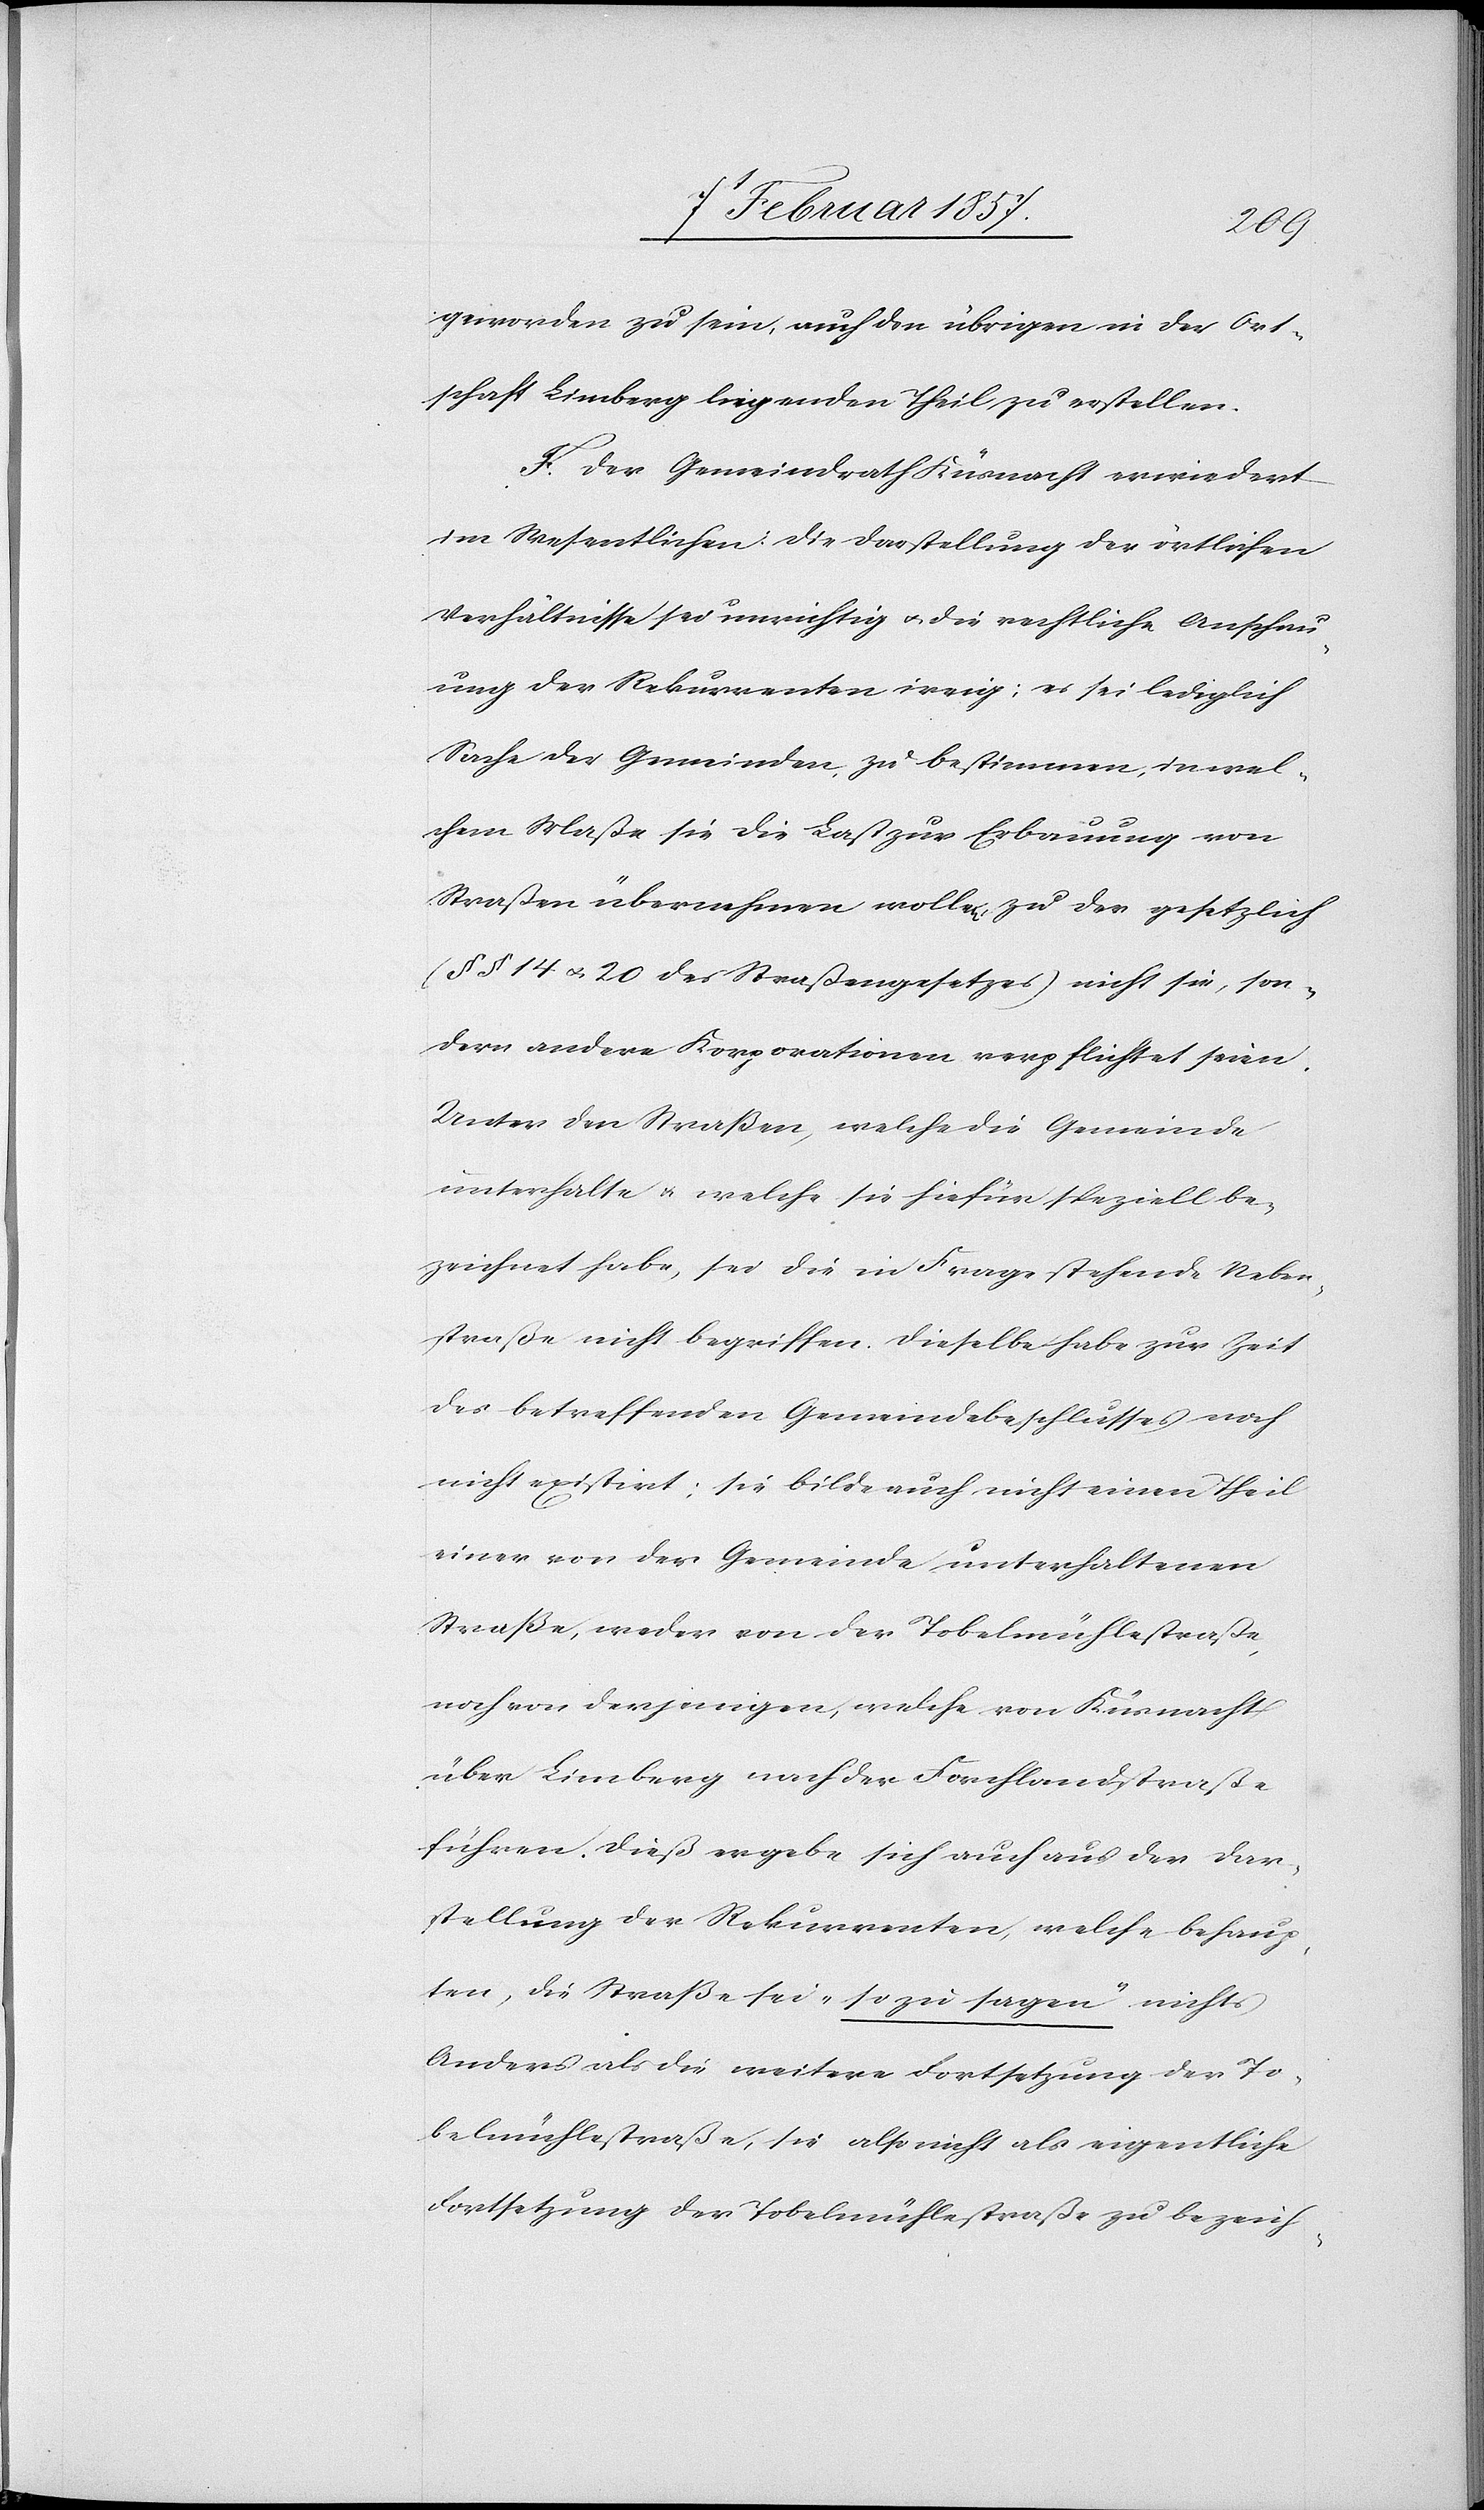
geworden zu sein, auch den übrigen in der Ort¬
schaft Limberg liegenden Theil zu erstellen.
F. Der Gemeindrath Küsnacht erwiedert
im Wesentlichen: Die Darstellung der örtlichen
Verhältnisse sei unrichtig u. die rechtliche Anschau¬
ung der Rekurrenten irrig; es sei lediglich
Sache der Gemeinden, zu bestimmen, in wel¬
chem Maße sie die Last zur Erbauung von
Strassen übernehmen wollen, zu des [sic!] gesetzlich
(§ § 14 u. 20 des Strassengesetzes) nicht sei [sic!], son¬
dern andere Korporationen verpflichtet seien.
Unter den Straßen, welche die Gemeinde
unterhalte u. welche sie hiefür speziell be¬
zeichnet habe, sei die in Frage stehende Neben¬
straße nicht begriffen. Dieselbe habe zur Zeit
des betreffenden Gemeindebeschlusses noch
nicht existirt; sie bilde auch nicht einen Theil
einer von der Gemeinde unterhaltenen
Straße, weder von der Tobelmühlestrasse,
noch von derjenigen, welche von Küsnacht
über Limberg nach der Forchlandstrasse
führen. Dieß ergebe sich auch aus der Dar¬
stellung der Rekurrenten, welche behaup¬
ten, die Straße sei „so zu sagen“ nichts
Anders als die weitere Fortsetzung der To¬
belmühlestraße, sie also nicht als eigentliche
Fortsetzung der Tobelmühlestraße zu bezeich-